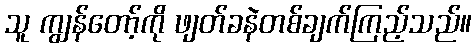
သူ ကျွန်တော့်ကို ဖျတ်ခနဲတစ်ချက်ကြည့်သည်။